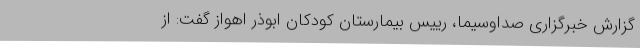
گزارش خبرگزاری صداوسیما، رییس بیمارستان کودکان ابوذر اهواز گفت: از